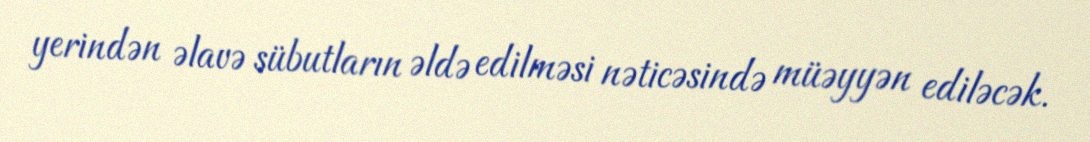
yerindən əlavə sübutların əldə edilməsi nəticəsində müəyyən ediləcək.